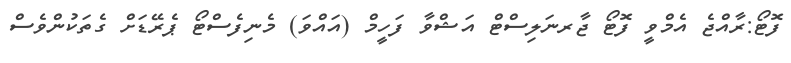
ފޮޓޯ:ރާއްޖެ އެމްވީ ފޮޓޯ ޖާރނަލިސްޓް އަޝްވާ ފަހީމް (އައްވަ) މެނިފެސްޓޯ ޕެރޭޑަށް ގެތަކުންވެސް